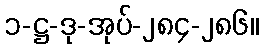
၁-ဋ္ဌ-ဒု-အုပ်-၂၈၄-၂၈၆။